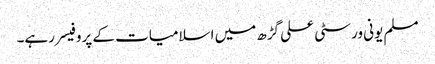
مسلم یونی ورسٹی علی گڑھ میں اسلامیات کے پروفیسر رہے۔